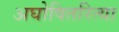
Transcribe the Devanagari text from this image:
अघोषितरित्या